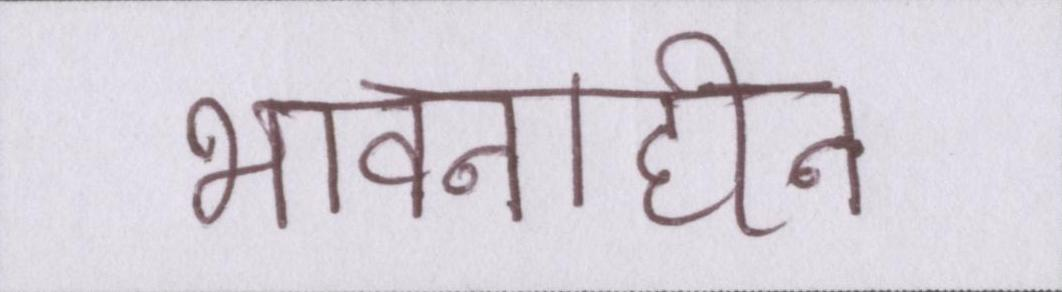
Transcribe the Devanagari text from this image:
भावनाहीन